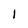
Character: 1